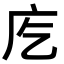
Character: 𭙐